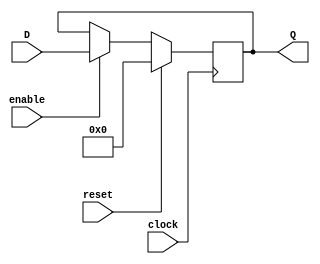
module register #(parameter WIDTH = 32, INIT = 0)
(
    input  clock,
    input  reset,
    input  enable,
    input  [(WIDTH-1):0] D,
    output reg [(WIDTH-1):0] Q
);

    initial
        Q = INIT;

    always @(posedge clock) begin
        Q <= (reset) ? INIT : ((enable) ? D : Q);
    end

endmodule